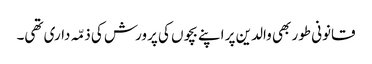
قانونی طور بھی والدین پر اپنے بچوں کی پرورش کی ذمّہ داری تھی۔